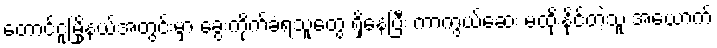
တောင်ငူမြို့နယ်အတွင်းမှာ ခွေးကိုက်ခံရသူတွေ ရှိနေပြီး ကာကွယ်ဆေး မထိုးနိုင်တဲ့သူ အယောက်